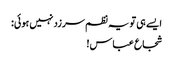
ایسے ہی تو یہ نظم سرزد نہیں ہوئی:
شجاع عباس!